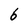
Character: 6